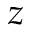
z